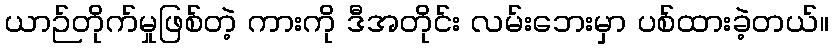
ယာဉ်တိုက်မှုဖြစ်တဲ့ ကားကို ဒီအတိုင်း လမ်းဘေးမှာ ပစ်ထားခဲ့တယ်။